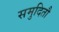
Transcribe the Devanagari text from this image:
समुदितौ